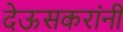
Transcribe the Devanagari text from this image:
देऊसकरांनी